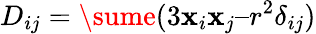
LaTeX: D_{ij}=\sume(3\mathbf{x}_{i}\mathbf{x}_{j}–r^{2}\delta_{ij})